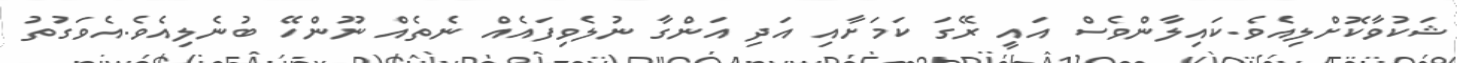
ޝަކުވާކޮށްލިއެވެ.ކައިލާންވެސް އައީ ރޭގަ ކަމަށާއި އަދި އަންގާ ނުލެވިފައެއް ނެތެއް ނޫންހޭ ބުނެލިއެވެ.އެވަގުތު